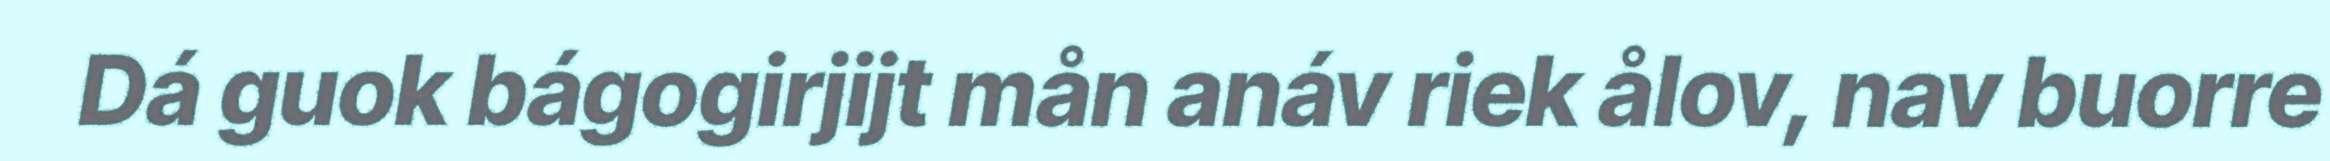
Dá guok bágogirjijt mån anáv riek ålov, nav buorre